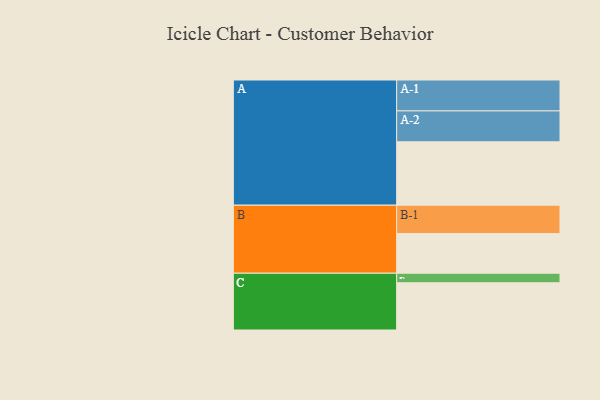
{"axis": {"x": "Segment", "y": "Value"}, "legend": ["", "A", "B", "C"], "data": [{"x": "A", "y": 593, "type": ""}, {"x": "B", "y": 371, "type": ""}, {"x": "C", "y": 442, "type": ""}, {"x": "A-1", "y": 289, "type": "A"}, {"x": "A-2", "y": 289, "type": "A"}, {"x": "B-1", "y": 265, "type": "B"}, {"x": "C-1", "y": 89, "type": "C"}]}